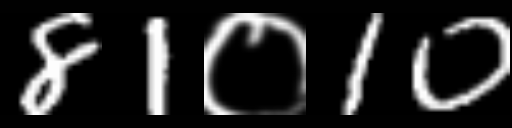
Text: 81०10